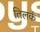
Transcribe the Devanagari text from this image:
तिलकं